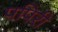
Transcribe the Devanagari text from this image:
पपिरी